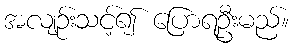
အလျဉ်းသင့်၍ ပြောရဦးမည်။